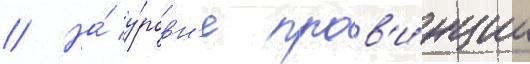
// На́ у́ровн'е пров'и́нции